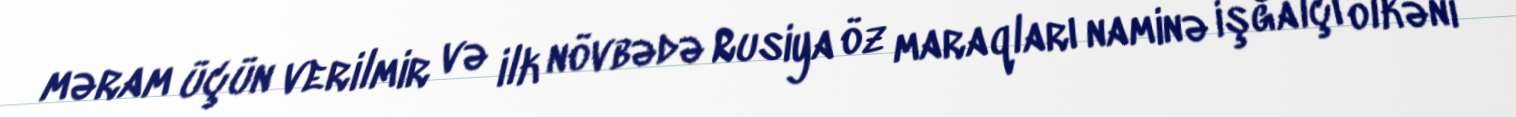
məram üçün verilmir və ilk növbədə Rusiya öz maraqları naminə işğalçı ölkəni